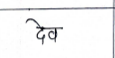
मजकूर: देव